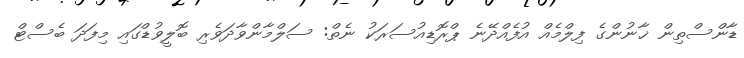
ޑާންސްތިން ޚާނުންގެ ފިލްމެއް އުފެއްދޭނެ ޕްރޮޑިއުސަރަކު ނެތް: ސަލްމާންވާދަވެރި ބޮލީވުޑްގައި މިފަދަ ބެސްޓް